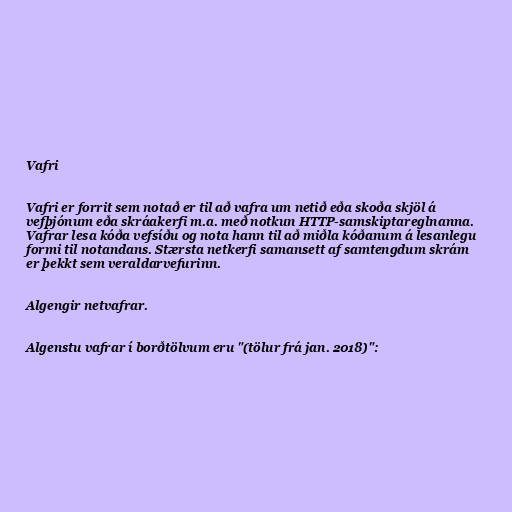
Vafri

Vafri er forrit sem notað er til að vafra um netið eða skoða skjöl á
vefþjónum eða skráakerfi m.a. með notkun HTTP-samskiptareglnanna.
Vafrar lesa kóða vefsíðu og nota hann til að miðla kóðanum á lesanlegu
formi til notandans. Stærsta netkerfi samansett af samtengdum skrám
er þekkt sem veraldarvefurinn.

Algengir netvafrar.

Algenstu vafrar í borðtölvum eru "(tölur frá jan. 2018)":